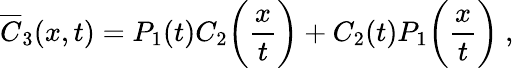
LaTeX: \overline{{C}}_{3}(x,t)=P_{1}(t)C_{2}\biggl(\frac{x}{t}\biggr)+C_{2}(t)P_{1}\biggl(\frac{x}{t}\biggr)\ ,